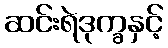
ဆင်းရဲဒုက္ခနှင့်